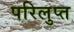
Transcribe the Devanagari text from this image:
परिलुप्त